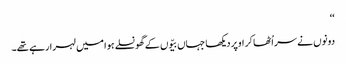
‘‘
دونوں نے سر اُٹھا کر اوپر دیکھا جہاں بیّوں کے گھونسلے ہوا میں لہرا رہے تھے۔